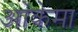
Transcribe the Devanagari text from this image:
ओकेमा